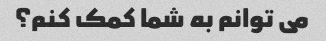
می توانم به شما کمک کنم؟